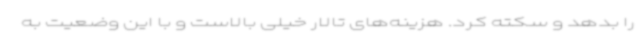
را بدهد و سکته کرد. هزینه‌های تالار خیلی بالاست و با این وضعیت به